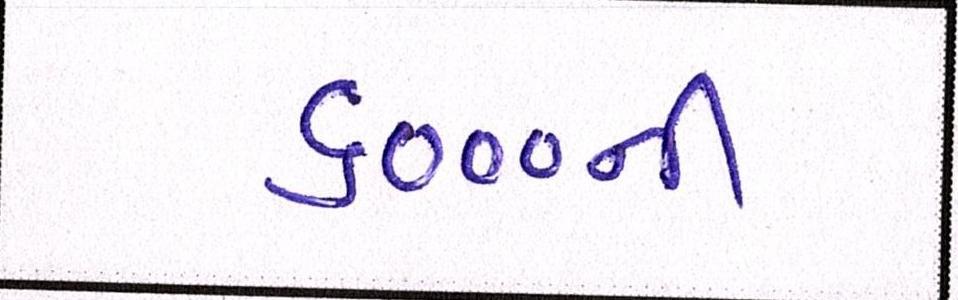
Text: ૬૦૦૦ની